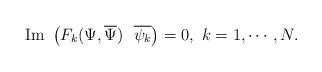
LaTeX: \begin{align*}{\rm Im} \ \left( F_k(\Psi, \overline{\Psi}) \ \ \overline{\psi_k}\right) =0,\ k=1, \cdots, N.\end{align*}